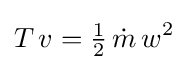
T\,v={\tfrac {1}{2}}\,{\dot {m}}\,{w^{2}}